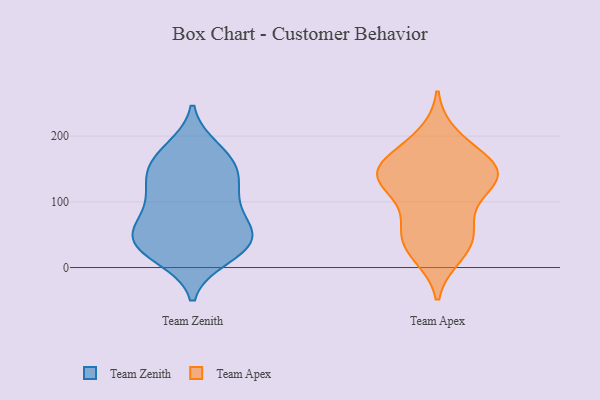
{"axis": {"x": "Tickets Resolved", "y": "Value"}, "legend": ["Team Apex", "Team Zenith"], "data": [{"x": "", "y": 147, "type": "Team Zenith"}, {"x": "", "y": 175, "type": "Team Zenith"}, {"x": "", "y": 106, "type": "Team Zenith"}, {"x": "", "y": 55, "type": "Team Zenith"}, {"x": "", "y": 47, "type": "Team Zenith"}, {"x": "", "y": 117, "type": "Team Zenith"}, {"x": "", "y": 149, "type": "Team Zenith"}, {"x": "", "y": 21, "type": "Team Zenith"}, {"x": "", "y": 180, "type": "Team Zenith"}, {"x": "", "y": 73, "type": "Team Zenith"}, {"x": "", "y": 41, "type": "Team Zenith"}, {"x": "", "y": 55, "type": "Team Zenith"}, {"x": "", "y": 126, "type": "Team Zenith"}, {"x": "", "y": 32, "type": "Team Zenith"}, {"x": "", "y": 16, "type": "Team Zenith"}, {"x": "", "y": 88, "type": "Team Zenith"}, {"x": "", "y": 35, "type": "Team Zenith"}, {"x": "", "y": 157, "type": "Team Zenith"}, {"x": "", "y": 52, "type": "Team Apex"}, {"x": "", "y": 147, "type": "Team Apex"}, {"x": "", "y": 145, "type": "Team Apex"}, {"x": "", "y": 72, "type": "Team Apex"}, {"x": "", "y": 110, "type": "Team Apex"}, {"x": "", "y": 28, "type": "Team Apex"}, {"x": "", "y": 19, "type": "Team Apex"}, {"x": "", "y": 185, "type": "Team Apex"}, {"x": "", "y": 135, "type": "Team Apex"}, {"x": "", "y": 34, "type": "Team Apex"}, {"x": "", "y": 157, "type": "Team Apex"}, {"x": "", "y": 150, "type": "Team Apex"}, {"x": "", "y": 200, "type": "Team Apex"}, {"x": "", "y": 131, "type": "Team Apex"}, {"x": "", "y": 63, "type": "Team Apex"}, {"x": "", "y": 130, "type": "Team Apex"}, {"x": "", "y": 148, "type": "Team Apex"}]}